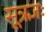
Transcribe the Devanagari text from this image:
सूत्रज्ञः